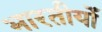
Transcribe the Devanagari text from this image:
भारतीयोँ